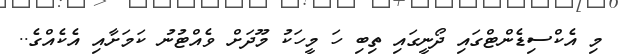
މި އެކްސިޑެންޓްގައި ދޯނީގައި ތިބި ހަ މީހަކު މޫދަށް ވެއްޓުނު ކަމަށާއި އެކެއްގެ..